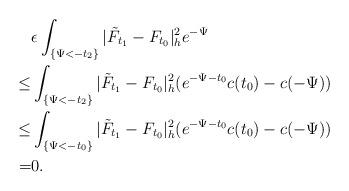
LaTeX: \begin{align*}&\epsilon\int_{\{\Psi<-t_2\}}|\tilde{F}_{t_1}-F_{t_0}|^2_he^{-\Psi}\\\le &\int_{\{\Psi<-t_2\}}|\tilde{F}_{t_1}-F_{t_0}|^2_h(e^{-\Psi-t_0}c(t_0)-c(-\Psi))\\\le &\int_{\{\Psi<-t_0\}}|\tilde{F}_{t_1}-F_{t_0}|^2_h(e^{-\Psi-t_0}c(t_0)-c(-\Psi))\\= &0.\end{align*}